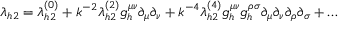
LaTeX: \lambda _ { h 2 } = \lambda _ { h 2 } ^ { ( 0 ) } + k ^ { - 2 } \lambda _ { h 2 } ^ { ( 2 ) } g _ { h } ^ { \mu \nu } \partial _ { \mu } \partial _ { \nu } + k ^ { - 4 } \lambda _ { h 2 } ^ { ( 4 ) } g _ { h } ^ { \mu \nu } g _ { h } ^ { \rho \sigma } \partial _ { \mu } \partial _ { \nu } \partial _ { \rho } \partial _ { \sigma } + \ldots